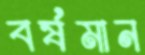
বর্ষমান